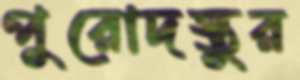
পুরোদস্তুর